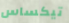
تيكساس